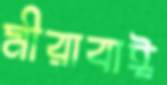
মীরাবাঈ